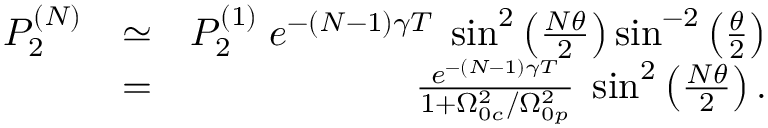
\begin{array} { r l r } { P _ { 2 } ^ { ( N ) } } & { \simeq } & { P _ { 2 } ^ { ( 1 ) } \; e ^ { - ( N - 1 ) \gamma T } \; \sin ^ { 2 } \left( \frac { N \theta } { 2 } \right) \sin ^ { - 2 } \left( \frac { \theta } { 2 } \right) } \\ & { = } & { \frac { e ^ { - ( N - 1 ) \gamma T } } { 1 + \Omega _ { 0 c } ^ { 2 } / \Omega _ { 0 p } ^ { 2 } } \; \sin ^ { 2 } \left( \frac { N \theta } { 2 } \right) . } \end{array}